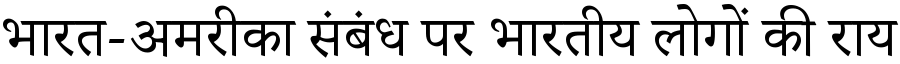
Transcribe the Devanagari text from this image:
भारत-अमरीका संबंध पर भारतीय लोगों की राय